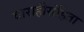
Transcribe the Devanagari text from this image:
वाराहीसंहिता